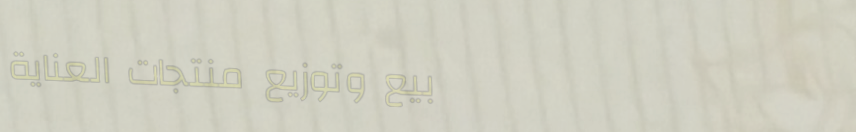
بيع وتوزيع منتجات العناية